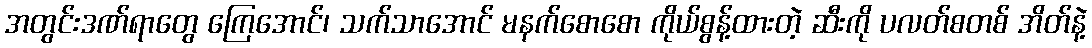
အတွင်းဒဏ်ရာတွေ ကြေအောင်၊ သက်သာအောင် မနက်စောစော ကိုယ်စွန့်ထားတဲ့ ဆီးကို ပလတ်စတစ် အိတ်နဲ့